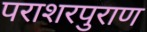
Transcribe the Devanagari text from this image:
पराशरपुराण